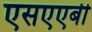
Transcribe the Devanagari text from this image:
एसएएबी